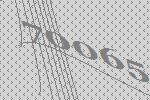
70065